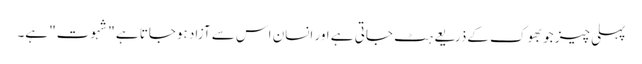
پہلی چیز جو بھوک کےذریعے ہٹ جاتی ہے اور انسان اس سے آزاد ہوجاتا ہے "شہوت" ہے۔